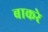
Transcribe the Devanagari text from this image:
बाकरे